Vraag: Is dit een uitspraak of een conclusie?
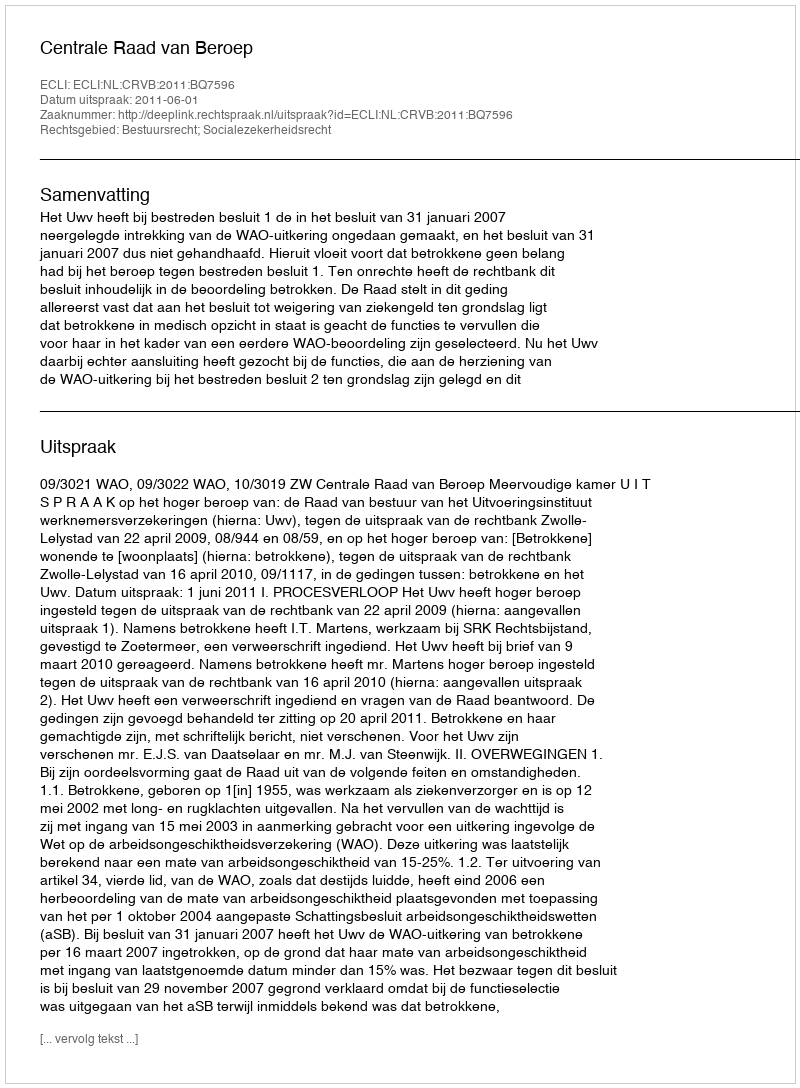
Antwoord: Uitspraak